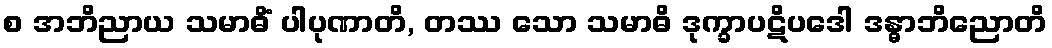
စ အဘိညာယ သမာဓိံ ပါပုဏာတိ, တဿ သော သမာဓိ ဒုက္ခာပဋိပဒေါ ဒန္ဓာဘိညောတိ